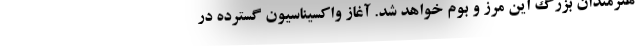
هنرمندان بزرگ این مرز و بوم خواهد شد. آغاز واکسیناسیون گسترده در